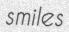
smiles